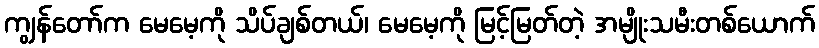
ကျွန်တော်က မေမေ့ကို သိပ်ချစ်တယ်၊ မေမေ့ကို မြင့်မြတ်တဲ့ အမျိုးသမီးတစ်ယောက်